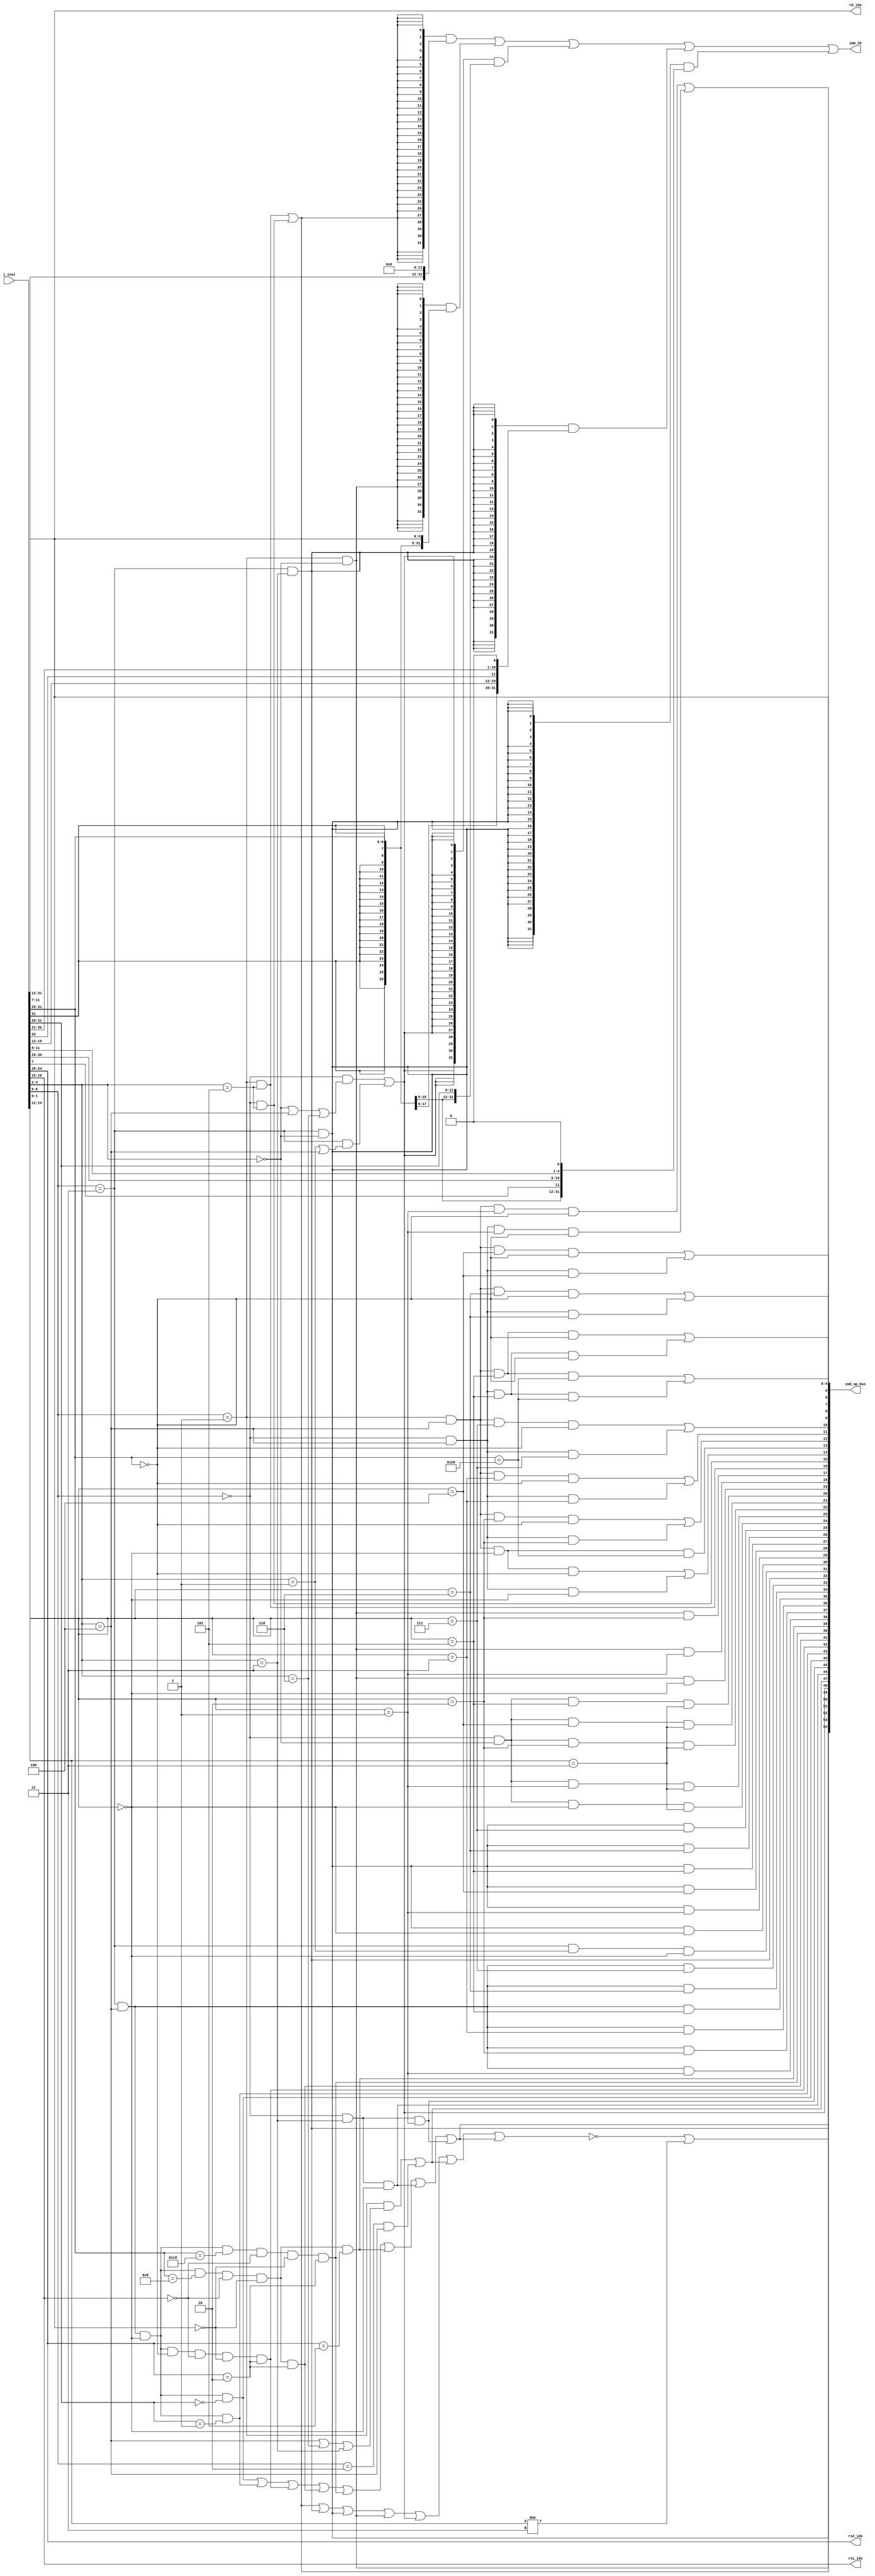
//-----------------------------------------------------------------------------
//   Copyright 2022 GanLing, 1577959692@qq.com
//
//   Licensed under the Apache License, Version 2.0 (the "License");
//   you may not use this file except in compliance with the License.
//   You may obtain a copy of the License at
//
//       http://www.apache.org/licenses/LICENSE-2.0
//
//   Unless required by applicable law or agreed to in writing, software
//   distributed under the License is distributed on an "AS IS" BASIS,
//   WITHOUT WARRANTIES OR CONDITIONS OF ANY KIND, either express or implied.
//   See the License for the specific language governing permissions and
//   limitations under the License.
//-----------------------------------------------------------------------------

module core_c1_idu (

input   [31:0]  i_inst,	//IFU

//output		 decode_jalr_rs1x0,
output  [4:0]   rs1_idx,
output  [4:0]   rs2_idx,
output  [4:0]   rd_idx,
output  [31:0]  imm_32,
output  [54:0]  cmd_op_bus
);

assign        rs1_idx	          =	i_inst[19:15];
assign        rs2_idx	          =	i_inst[24:20];
assign        rd_idx            =	i_inst[11:7];
wire          rs1x0             = (rs1_idx == 5'b00000);
//wire        rs2x0             = (rs2_idx == 5'b00000);
wire          rdx0              = (rd_idx  == 5'b00000);

wire  [11:0]  imm_11_0_itype    =	 i_inst[31:20];
wire  [11:0]  imm_11_0_stype    =	{i_inst[31:25],i_inst[11:7]};
wire  [19:0]  imm_31_12_utype   =	 i_inst[31:12];
wire  [11:0]  imm_12_1_btype    =	{i_inst[31],i_inst[7],i_inst[30:25],i_inst[11:8]};
wire  [19:0]  imm_20_1_jtype    =	{i_inst[31],i_inst[19:12],i_inst[20],i_inst[30:21]};

wire  [6:0]   opcode            = i_inst[6:0];
wire  [2:0]   func3             = i_inst[14:12];
wire  [6:0]   func7             = i_inst[31:25];
wire          opcode_4_2_000    = (opcode[4:2] == 3'b000);
wire          opcode_4_2_001    = (opcode[4:2] == 3'b001);
//wire        opcode_4_2_010    = (opcode[4:2] == 3'b010);
wire          opcode_4_2_011    = (opcode[4:2] == 3'b011);
wire          opcode_4_2_100    = (opcode[4:2] == 3'b100);
wire          opcode_4_2_101    = (opcode[4:2] == 3'b101);
wire          opcode_4_2_110    = (opcode[4:2] == 3'b110);
//wire        opcode_4_2_111    = (opcode[4:2] == 3'b111);
wire          opcode_6_5_00     = (opcode[6:5] == 2'b00);
wire          opcode_6_5_01     = (opcode[6:5] == 2'b01);
wire          opcode_6_5_10     = (opcode[6:5] == 2'b10);
wire          opcode_6_5_11     = (opcode[6:5] == 2'b11);
wire          opcode_1_0_11     = (opcode[1:0] == 2'b11);
wire          func3_000         = (func3 == 3'b000);
wire          func3_001         = (func3 == 3'b001);
wire          func3_010         = (func3 == 3'b010);
wire          func3_011         = (func3 == 3'b011);
wire          func3_100         = (func3 == 3'b100);
wire          func3_101         = (func3 == 3'b101);
wire          func3_110         = (func3 == 3'b110);
wire          func3_111         = (func3 == 3'b111);
//RV32I4func7(func7R)
wire          func7_0000000     = (func7 == 7'b0000000);
wire          func7_0100000     = (func7 == 7'b0100000);
wire          func7_0001000     = (func7 == 7'b0001000);
wire          func7_0011000     = (func7 == 7'b0011000);

//---------------------------------------------------------------
// RV32I base instructions
//---------------------------------------------------------------
//U type only this 2 in RV64GC
wire cmd_LUI    = (opcode_6_5_01 & opcode_4_2_101);
wire cmd_AUIPC  = (opcode_6_5_00 & opcode_4_2_101);
//J type only this 1 in RV64GC
wire cmd_JAL    = (opcode_6_5_11 & opcode_4_2_011);
//B type only this 6 in RV64GC
wire cmd_BEQ    =	(opcode_6_5_11 & opcode_4_2_000 & func3_000);
wire cmd_BNE    =	(opcode_6_5_11 & opcode_4_2_000 & func3_001);
wire cmd_BLT    =	(opcode_6_5_11 & opcode_4_2_000 & func3_100);
wire cmd_BGE    =	(opcode_6_5_11 & opcode_4_2_000 & func3_101);
wire cmd_BLTU   =	(opcode_6_5_11 & opcode_4_2_000 & func3_110);
wire cmd_BGEU   =	(opcode_6_5_11 & opcode_4_2_000 & func3_111);
//S type only this 3 in RV32I     S type is only for store instructions
wire cmd_SB     = (opcode_6_5_01 & opcode_4_2_000 & func3_000);
wire cmd_SH     = (opcode_6_5_01 & opcode_4_2_000 & func3_001);
wire cmd_SW     = (opcode_6_5_01 & opcode_4_2_000 & func3_010);
//R type
wire cmd_ADD    = (opcode_6_5_01 & opcode_4_2_100 & func3_000 & func7_0000000);
wire cmd_SUB    = (opcode_6_5_01 & opcode_4_2_100 & func3_000 & func7_0100000);
wire cmd_SLL    = (opcode_6_5_01 & opcode_4_2_100 & func3_001 & func7_0000000);
wire cmd_SLT    = (opcode_6_5_01 & opcode_4_2_100 & func3_010 & func7_0000000);
wire cmd_SLTU   = (opcode_6_5_01 & opcode_4_2_100 & func3_011 & func7_0000000);
wire cmd_XOR    = (opcode_6_5_01 & opcode_4_2_100 & func3_100 & func7_0000000);
wire cmd_SRL    = (opcode_6_5_01 & opcode_4_2_100 & func3_101 & func7_0000000);
wire cmd_SRA    = (opcode_6_5_01 & opcode_4_2_100 & func3_101 & func7_0100000);
wire cmd_OR     = (opcode_6_5_01 & opcode_4_2_100 & func3_110 & func7_0000000);
wire cmd_AND    = (opcode_6_5_01 & opcode_4_2_100 & func3_111 & func7_0000000);
//I type
wire cmd_JALR   = (opcode_6_5_11 & opcode_4_2_001 & func3_000);
wire cmd_LB     = (opcode_6_5_00 & opcode_4_2_000 & func3_000 & opcode_1_0_11);
wire cmd_LH     = (opcode_6_5_00 & opcode_4_2_000 & func3_001 & opcode_1_0_11);
wire cmd_LW     = (opcode_6_5_00 & opcode_4_2_000 & func3_010 & opcode_1_0_11);
wire cmd_LBU    = (opcode_6_5_00 & opcode_4_2_000 & func3_100 & opcode_1_0_11);
wire cmd_LHU    = (opcode_6_5_00 & opcode_4_2_000 & func3_101 & opcode_1_0_11);
wire cmd_ADDI   = (opcode_6_5_00 & opcode_4_2_100 & func3_000);
wire cmd_SLTI   = (opcode_6_5_00 & opcode_4_2_100 & func3_010);
wire cmd_SLTIU  = (opcode_6_5_00 & opcode_4_2_100 & func3_011);
wire cmd_XORI   = (opcode_6_5_00 & opcode_4_2_100 & func3_100);
wire cmd_ORI    = (opcode_6_5_00 & opcode_4_2_100 & func3_110);
wire cmd_ANDI   = (opcode_6_5_00 & opcode_4_2_100 & func3_111);
wire cmd_SLLI   = (opcode_6_5_00 & opcode_4_2_100 & func3_001 & func7_0000000);
wire cmd_SRLI   = (opcode_6_5_00 & opcode_4_2_100 & func3_101 & func7_0000000);
wire cmd_SRAI   = (opcode_6_5_00 & opcode_4_2_100 & func3_101 & func7_0100000);
// CSR Instructions
wire cmd_CSRRW  = (opcode_6_5_11 & opcode_4_2_100 & func3_001);
wire cmd_CSRRS  = (opcode_6_5_11 & opcode_4_2_100 & func3_010);
wire cmd_CSRRC  = (opcode_6_5_11 & opcode_4_2_100 & func3_011);
wire cmd_CSRRWI = (opcode_6_5_11 & opcode_4_2_100 & func3_101);
wire cmd_CSRRSI = (opcode_6_5_11 & opcode_4_2_100 & func3_110);
wire cmd_CSRRCI = (opcode_6_5_11 & opcode_4_2_100 & func3_111);
// system instructions
wire cmd_URET   = (opcode_6_5_11 & opcode_4_2_100 & func3_000 & func7_0000000 & rs1x0 & rdx0 & (rs2_idx == 5'b00010));
wire cmd_SRET   = (opcode_6_5_11 & opcode_4_2_100 & func3_000 & func7_0001000 & rs1x0 & rdx0 & (rs2_idx == 5'b00010));
wire cmd_MRET   = (opcode_6_5_11 & opcode_4_2_100 & func3_000 & func7_0011000 & rs1x0 & rdx0 & (rs2_idx == 5'b00010));
wire cmd_WFI    = (opcode_6_5_11 & opcode_4_2_100 & func3_000 & func7_0001000 & rs1x0 & rdx0 & (rs2_idx == 5'b00101));
wire cmd_FENCE  = (opcode_6_5_00 & opcode_4_2_011 & func3_000);
wire cmd_FENCE_I= (opcode_6_5_00 & opcode_4_2_011 & func3_001);
wire cmd_ECALL  = (opcode_6_5_11 & opcode_4_2_100 & func3_000 & (imm_11_0_itype == 12'b0));
wire cmd_EBREAK = (opcode_6_5_11 & opcode_4_2_100 & func3_000 & (imm_11_0_itype == 12'b1));
/**********************************************************************************************
												
**********************************************************************************************/
wire cmd_utype  = cmd_LUI | cmd_AUIPC;            // 0x_101 only 2 inst: lui auipc  utype is only this 2 inst in all of inst in rv64gc
wire cmd_jtype  = cmd_JAL;                        // 11_011 only 1 inst: jal        jtype is only this 1 inst in all of inst in rv64gc
wire cmd_btype  = opcode_6_5_11 & opcode_4_2_000; // 11_000 only 6 inst: bxx        btype is only this 6 inst in all of inst in rv64gc
wire cmd_stype  = opcode_6_5_01 & opcode_4_2_000; // 01_000 only 3 inst: store (in rv32i:3, rv64i:1 rvf/d/q:1, stype is only for store inst)
wire cmd_itype  = (opcode_6_5_00 & (opcode_4_2_000 | opcode_4_2_100 | opcode_4_2_110)) | (opcode_6_5_11 & (opcode_4_2_001 | opcode_4_2_100));
wire cmd_rtype  = (opcode_6_5_01 & (opcode_4_2_100 | opcode_4_2_110 | opcode_4_2_011)) | (opcode_6_5_10 & (opcode_4_2_100));
//ECALL, EBREAK, URET, SRET, MRET, WFI, FENCE, FENCE.I 8
wire cmd_type_sys	=	(cmd_ECALL | cmd_EBREAK | cmd_URET | cmd_SRET | cmd_MRET | cmd_WFI | cmd_FENCE | cmd_FENCE_I);		//8
wire cmd_type_illegal	=	(!(cmd_utype | cmd_jtype | cmd_btype | cmd_stype | cmd_itype | cmd_rtype | cmd_type_sys) | (opcode[1:0] != 2'b11));

assign  imm_32  = ({32{cmd_utype}} & {imm_31_12_utype, {12{1'b0}}})                   //LUI, AUIPC
                |	({32{cmd_stype}} & {{20{imm_11_0_stype[11]}}, imm_11_0_stype})		  //Store
                |	({32{cmd_itype}} & {{20{imm_11_0_itype[11]}}, imm_11_0_itype})			//Imm
                |	({32{cmd_jtype}} & {{11{imm_20_1_jtype[19]}}, imm_20_1_jtype,1'b0})	//JAL
                |	({32{cmd_btype}} & {{19{imm_12_1_btype[11]}}, imm_12_1_btype,1'b0});//Bxx
					
wire  [7:0]   cmd_type_bus    =	{cmd_type_illegal,cmd_type_sys,cmd_utype,cmd_jtype,cmd_btype,cmd_stype,cmd_itype,cmd_rtype};
wire  [7:0]   cmd_op_sys  =	{cmd_FENCE,cmd_FENCE_I,cmd_ECALL,cmd_EBREAK,cmd_URET,cmd_SRET,cmd_MRET,cmd_WFI};
wire  [5:0]   cmd_op_csr      =	{cmd_CSRRW,cmd_CSRRS,cmd_CSRRC,cmd_CSRRWI,cmd_CSRRSI,cmd_CSRRCI};
wire  [7:0]   cmd_op_bjp      =	{cmd_JAL,cmd_JALR,cmd_BEQ,cmd_BNE,cmd_BLT,cmd_BGE,cmd_BLTU,cmd_BGEU};
wire  [7:0]   cmd_op_mem   =	{cmd_LB,cmd_LH,cmd_LW,cmd_LBU,cmd_LHU,cmd_SB,cmd_SH,cmd_SW};
//19(10+9)102ALULUIAUIPC
wire  [11:0]  cmd_op_alu      =	{cmd_LUI,cmd_AUIPC,(cmd_ADD|cmd_ADDI),cmd_SUB,(cmd_SLT|cmd_SLTI),(cmd_SLTU|cmd_SLTIU),(cmd_AND|cmd_ANDI),(cmd_OR|cmd_ORI),(cmd_XOR|cmd_XORI),(cmd_SLL|cmd_SLLI),(cmd_SRL|cmd_SRLI),(cmd_SRA|cmd_SRAI)};

assign  cmd_op_bus  = {cmd_type_bus,cmd_op_sys,cmd_op_csr,cmd_op_bjp,cmd_op_mem,cmd_op_alu,rd_idx};


endmodule